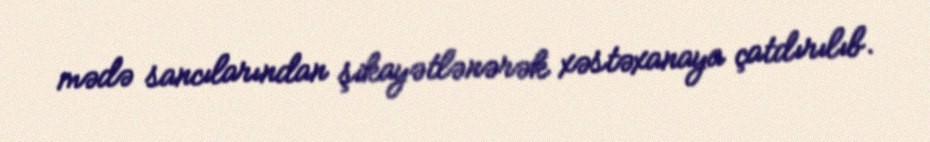
mədə sancılarından şikayətlənərək xəstəxanaya çatdırılıb.